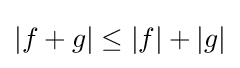
|f+g|\leq |f|+|g|